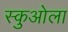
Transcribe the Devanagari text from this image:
स्कुओला